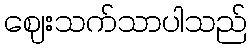
ဈေးသက်သာပါသည်